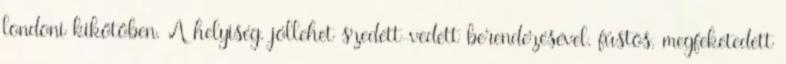
londoni kikötőben. A helyiség, jóllehet szedett-vedett berendezésével, füstös, megfeketedett